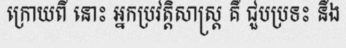
ក្រោយពី នោះ អ្នកប្រវត្តិសាស្ត្រ គឺ ជួបប្រទះ នឹង